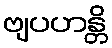
ဗျပဟန္တိ